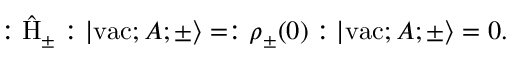
: \hat { \mathrm { H } } _ { \pm } : | \mathrm { v a c } ; A ; \pm \rangle = : { \rho } _ { \pm } ( 0 ) : | \mathrm { v a c } ; A ; \pm \rangle = 0 .